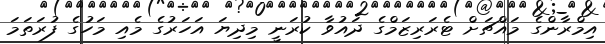
އިމްރާންގެ މައްޗަށް ޓެރަރިޒަމްގެ ދައުވާ ކުރަނީ މިދިޔަ އަހަރުގެ މެއި މަހުގެ ފުރަތަމަ